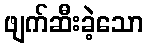
ဖျက်ဆီးခဲ့သော